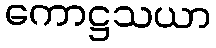
ကောဋ္ဌသယာ